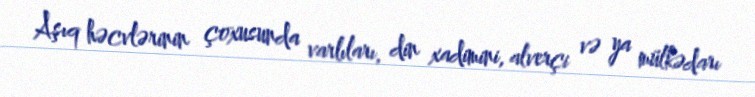
Aşıq həcvlərinin çoxusunda varlıları, din xadimini, alverçi və ya mülkədarı